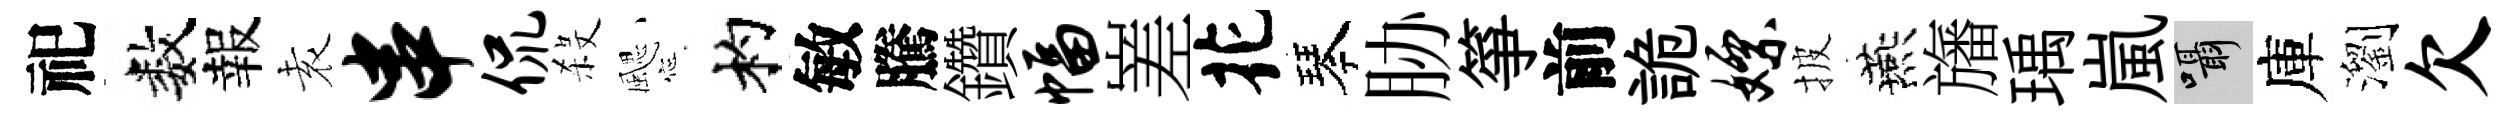
祀数報𡊮串侃殺颸杓敏騰鑽幅嵳花琴胁箏前詭嫖披燕旛瑀嵐囁庫瀏欠